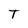
Character: T